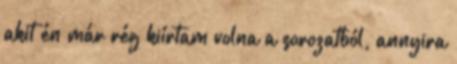
akit én már rég kiírtam volna a sorozatból, annyira